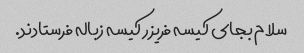
سلام بجای کیسه فریزر کیسه زباله فرستادند.